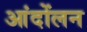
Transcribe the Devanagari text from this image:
आंदोंलन